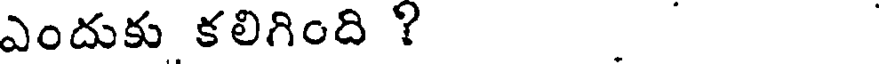
ఎందుకు కలిగింది ?